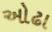
ઓઢા